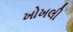
ખોખલી